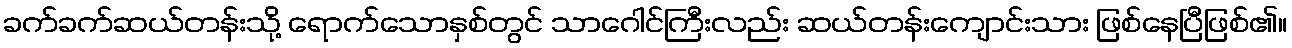
ခက်ခက်ဆယ်တန်းသို့ ရောက်သောနှစ်တွင် သာဂေါင်ကြီးလည်း ဆယ်တန်းကျောင်းသား ဖြစ်နေပြီဖြစ်၏။